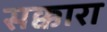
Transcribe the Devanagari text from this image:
सक्कारा